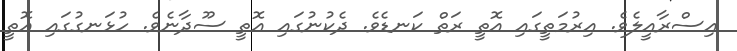
އިސްރާއީލެވެ. އިރުމަތީގައި އޮތީ ރަތް ކަނޑެވެ. ދެކުނުގައި އޮތީ ސޫދާނެވެ. ހުޅަނގުގައި އޮތީ